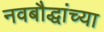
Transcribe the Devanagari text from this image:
नवबौद्धांच्या